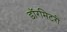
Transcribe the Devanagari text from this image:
डॉरमिटरी